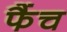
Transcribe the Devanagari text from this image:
फैंच